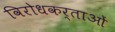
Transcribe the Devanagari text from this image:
विरोधकर्ताओं